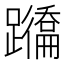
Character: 𨇕